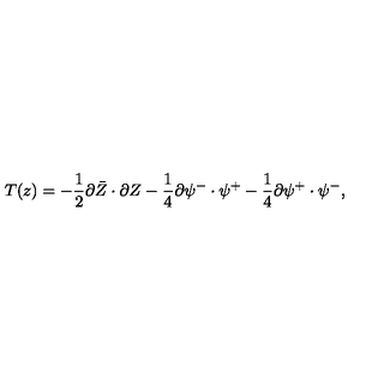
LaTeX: T ( z ) = - \frac { 1 } { 2 } \partial \bar { Z } \cdot \partial Z - \frac { 1 } { 4 } \partial { \psi } ^ { - } \cdot \psi ^ { + } - \frac { 1 } { 4 } \partial \psi ^ { + } \cdot { \psi } ^ { - } , \nonumber